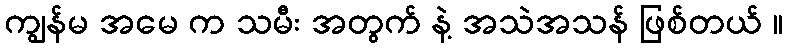
ကျွန်မ အမေ က သမီး အတွက် နဲ့ အသဲအသန် ဖြစ်တယ် ။